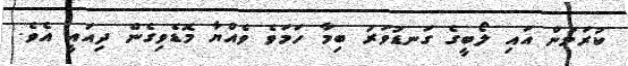
ކުރަމުން އައި ލޯބީގެ ގަނޑުވަރު ބިމާ ހަމަވެ ވެއްޔާ މޮޑެވިގެން ދިއައީ އެވެ.